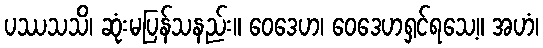
ပဿသသိ၊ ဆုံးမပြန်သနည်း။ ဝေဒေဟ၊ ဝေဒေဟရှင်ရသေ့။ အဟံ၊